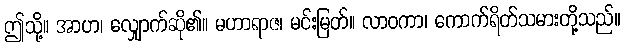
ဤသို့။ အာဟ၊ လျှောက်ဆို၏။ မဟာရာဇ၊ မင်းမြတ်။ လာဝကာ၊ ကောက်ရိတ်သမားတို့သည်။